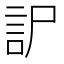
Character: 𧥤